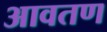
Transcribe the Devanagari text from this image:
आवतण